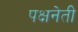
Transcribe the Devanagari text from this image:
पक्षनेती